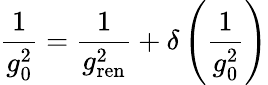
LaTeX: {\frac{1}{g_{0}^{2}}}={\frac{1}{g_{\mathrm{ren}}^{2}}}+\delta\left(\frac{1}{g_{0}^{2}}\right)